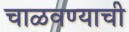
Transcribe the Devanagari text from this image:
चाळवण्याची